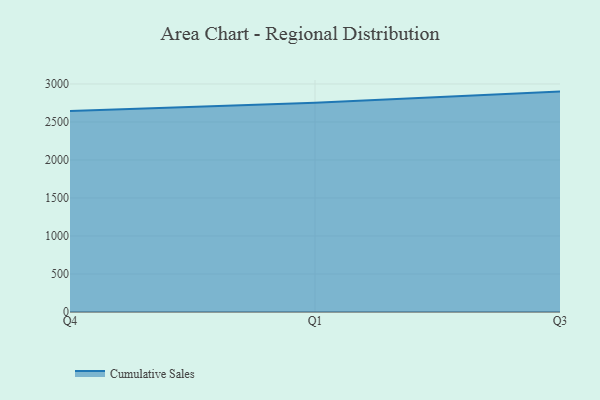
{"axis": {"x": "Quarter", "y": "Customer Acquisition Cost (USD)"}, "legend": ["Cumulative Sales"], "data": [{"x": "Q4", "y": 2645.0, "type": "Cumulative Sales"}, {"x": "Q1", "y": 2754.3, "type": "Cumulative Sales"}, {"x": "Q3", "y": 2899.7, "type": "Cumulative Sales"}]}